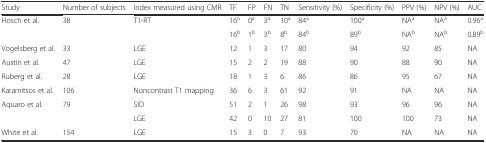
<table><thead><tr><td><b>Study</b></td><td><b>Number of subjects</b></td><td><b>Index measured using CMR</b></td><td><b>TF</b></td><td><b>FP</b></td><td><b>FN</b></td><td><b>TN</b></td><td><b>Sensitivity (%)</b></td><td><b>Specificity (%)</b></td><td><b>PPV (%)</b></td><td><b>NPV (%)</b></td><td><b>AUC</b></td></tr></thead><tbody><tr><td rowspan="2">Hosch et al.</td><td rowspan="2">38</td><td rowspan="2">T1-RT</td><td>16<sup>a</sup></td><td>0<sup>a</sup></td><td>3<sup>a</sup></td><td>10<sup>a</sup></td><td>84<sup>a</sup></td><td>100<sup>a</sup></td><td>NA<sup>a</sup></td><td>NA<sup>a</sup></td><td>0.96<sup>a</sup></td></tr><tr><td>16<sup>b</sup></td><td>1<sup>b</sup></td><td>3<sup>b</sup></td><td>8<sup>b</sup></td><td>84<sup>b</sup></td><td>89<sup>b</sup></td><td>NA<sup>b</sup></td><td>NA<sup>b</sup></td><td>0.89<sup>b</sup></td></tr><tr><td>Vogelsberg et al.</td><td>33</td><td>LGE</td><td>12</td><td>1</td><td>3</td><td>17</td><td>80</td><td>94</td><td>92</td><td>85</td><td>NA</td></tr><tr><td>Austin et al.</td><td>47</td><td>LGE</td><td>15</td><td>2</td><td>2</td><td>19</td><td>88</td><td>90</td><td>88</td><td>90</td><td>NA</td></tr><tr><td>Ruberg et al.</td><td>28</td><td>LGE</td><td>18</td><td>1</td><td>3</td><td>6</td><td>86</td><td>86</td><td>95</td><td>67</td><td>NA</td></tr><tr><td>Karamitsos et al.</td><td>106</td><td>Noncontrast T1 mapping</td><td>36</td><td>6</td><td>3</td><td>61</td><td>92</td><td>91</td><td>NA</td><td>NA</td><td>NA</td></tr><tr><td rowspan="2">Aquaro et al.</td><td rowspan="2">79</td><td>SID</td><td>51</td><td>2</td><td>1</td><td>26</td><td>98</td><td>93</td><td>96</td><td>96</td><td>NA</td></tr><tr><td>LGE</td><td>42</td><td>0</td><td>10</td><td>27</td><td>81</td><td>100</td><td>100</td><td>73</td><td>NA</td></tr><tr><td>White et al.</td><td>154</td><td>LGE</td><td>15</td><td>3</td><td>0</td><td>7</td><td>93</td><td>70</td><td>NA</td><td>NA</td><td>NA</td></tr></tbody></table>